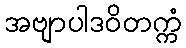
အဗျာပါဒဝိတက္ကံ